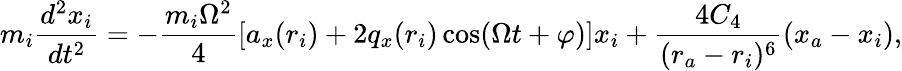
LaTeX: m_{i}\frac{d^{2}x_{i}}{dt^{2}}=-\frac{m_{i}\Omega^{2}}{4}\left[a_{x}(r_{i})+2q_{x}(r_{i})\cos(\Omega t+\varphi)\right]x_{i}+\frac{4C_{4}}{(r_{a}-r_{i})^{6}}(x_{a}-x_{i}),